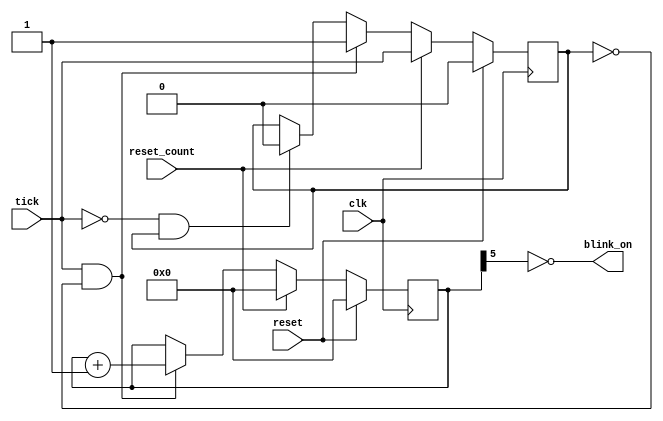
/**
 * Cursor blinker (uses vblank as tick, blinks about once a second)
 */
module cursor_blinker
  (input clk,
   input reset,
   input tick,
   input reset_count,
   output wire blink_on
   );
   localparam BITS = 6;
   reg has_incremented;
   reg [BITS-1:0] counter;
   always @(posedge clk) begin
      if (reset) begin
         counter <= 0;
         has_incremented <= 0;
      end
      else if (reset_count) begin
         counter <= 0;
         has_incremented <= tick;
      end
      else if (tick && !has_incremented) begin
         counter <= counter + 1;
         has_incremented <= 1;
      end
      else if (!tick && has_incremented) begin
         has_incremented <= 0;
      end
   end
   assign blink_on = ~counter[BITS-1];
endmodule